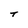
Character: t